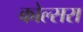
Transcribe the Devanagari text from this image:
कोल्‍सरा